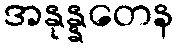
အနုန္နတေန